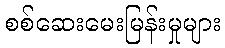
စစ်ဆေးမေးမြန်းမှုများ